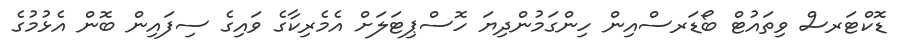
ޑޮކްޓަރސް ވިތައުޓް ބޯޑަރސްއިން ހިންގަމުންދިޔަ ހޮސްޕިޓަލަށް އެމެރިކާގެ ވައިގެ ސިފައިން ބޮން އެޅުމުގެ